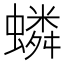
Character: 䗲